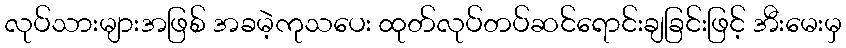
လုပ်သားများအဖြစ် အခမဲ့ကုသပေး ထုတ်လုပ်တပ်ဆင်ရောင်းချခြင်းဖြင့် အီးမေးမှ